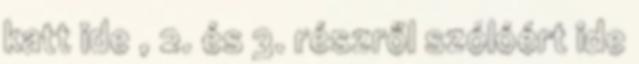
katt ide , 2. és 3. részről szólóért ide